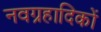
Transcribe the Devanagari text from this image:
नवग्रहादिकों